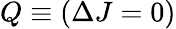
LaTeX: Q\equiv(\Delta J=0)